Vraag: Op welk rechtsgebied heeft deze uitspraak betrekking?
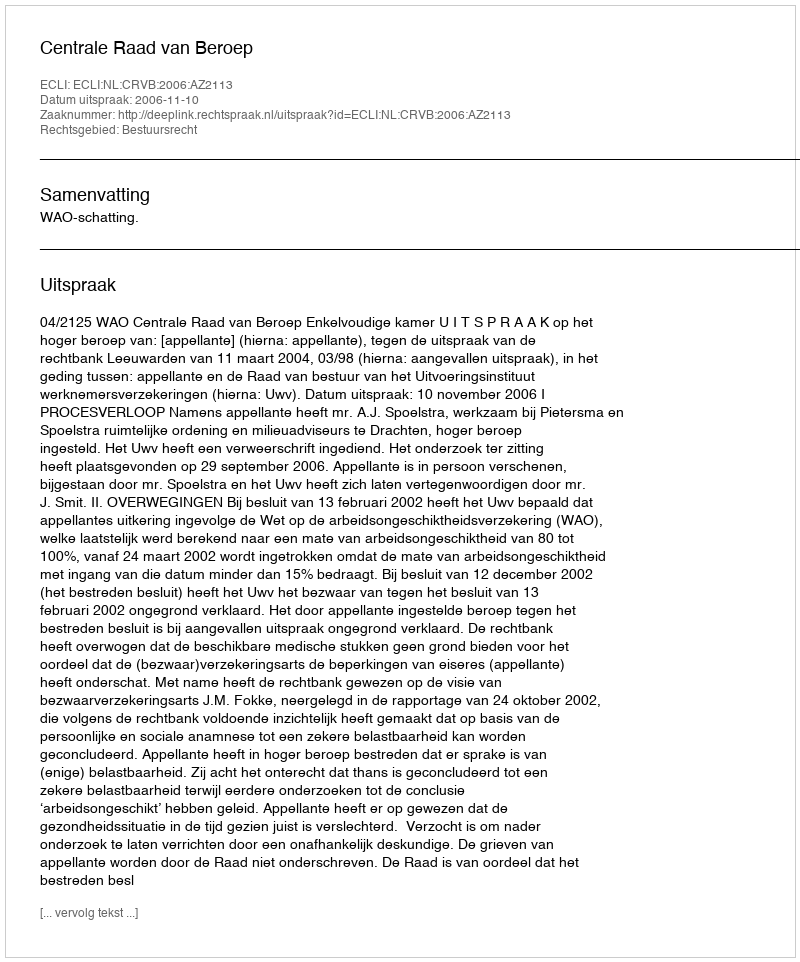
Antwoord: Bestuursrecht